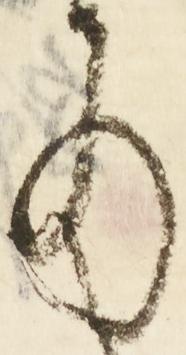
の